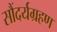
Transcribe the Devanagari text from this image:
सौंदर्यग्रहण